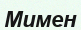
Мимен